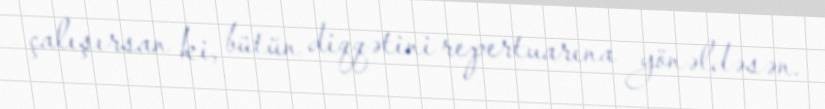
çalışırsan ki, bütün diqqətini repertuarına yönəldəsən.